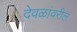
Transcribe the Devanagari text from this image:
देवळांवरील